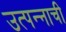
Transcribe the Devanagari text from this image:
उत्पन्‍नाची